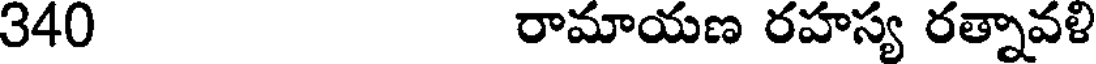
340 రామాయణ రహస్య రత్నావళి